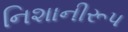
નિશાનીરૂપ